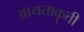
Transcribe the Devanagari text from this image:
आयताकॄती